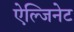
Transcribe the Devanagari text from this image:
ऐल्जिनेट